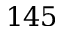
1 4 5